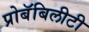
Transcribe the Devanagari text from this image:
प्रोबॅबिलीटी